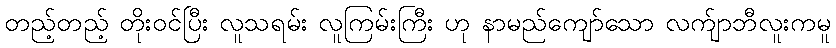
တည့်တည့် တိုးဝင်ပြီး လူသရမ်း လူကြမ်းကြီး ဟု နာမည်ကျော်သော လက်ျာဘီလူးကမူ